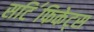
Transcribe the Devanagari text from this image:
सटि॔फिकेट्स